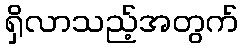
ရှိလာသည့်အတွက်